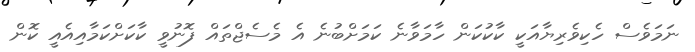
ނަމަވެސް ހެކިވެރިޔާއަކީ ކާކުކަން ހާމަވާނެ ކަމަށްބުނެ އެ މެސެޖްތައް ފޮނުވީ ކާކަށްކަމާއިއެއީ ކޮން